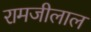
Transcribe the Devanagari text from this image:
रामजीलाल